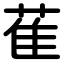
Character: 萑